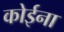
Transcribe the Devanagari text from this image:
कोईना